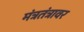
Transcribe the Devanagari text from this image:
मंत्रतंत्रावर